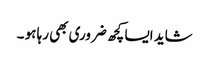
شاید ایسا کچھ ضروری بھی رہا ہو ۔